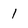
Character: 1